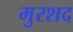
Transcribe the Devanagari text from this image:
मुरशद